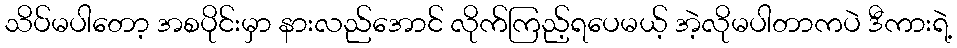
သိပ်မပါတော့ အစပိုင်းမှာ နားလည်အောင် လိုက်ကြည့်ရပေမယ့် အဲ့လိုမပါတာကပဲ ဒီကားရဲ့